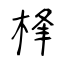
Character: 桻